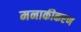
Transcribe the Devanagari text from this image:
मनाकीकरण